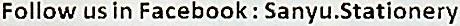
FOLLOW US IN FACEBOOK : SANYU.STATIONERY